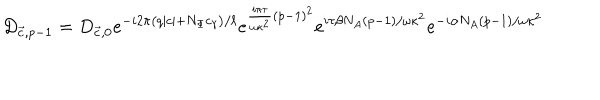
LaTeX: D _ { { \vec { c } } , p - 1 } = D _ { { \vec { c } } , 0 } e ^ { - i 2 \pi \left( q \mid c \mid + N _ { \Phi } c _ { \gamma } \right) / \ell } e ^ { \frac { i \pi \tau } { \omega \kappa ^ { 2 } } \left( p - 1 \right) ^ { 2 } } e ^ { i \tau \beta N _ { A } \left( p - 1 \right) / { \omega \kappa ^ { 2 } } } e ^ { - i \alpha N _ { A } \left( p - 1 \right) / { \omega \kappa ^ { 2 } } }